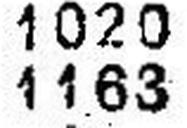
1163